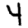
Digit: 4